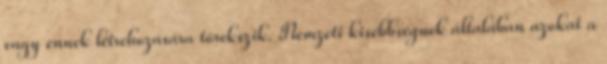
vagy ennek létrehozására törekszik. Nemzeti kisebbségnek általában azokat a